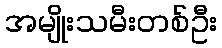
အမျိုးသမီးတစ်ဦး